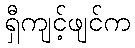
ရှီကျင့်ဖျင်က